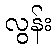
လွန်း